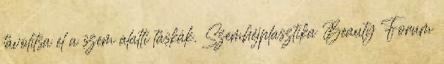
távolítsa el a szem alatti táskák. Szemhéjplasztika Beauty Forum